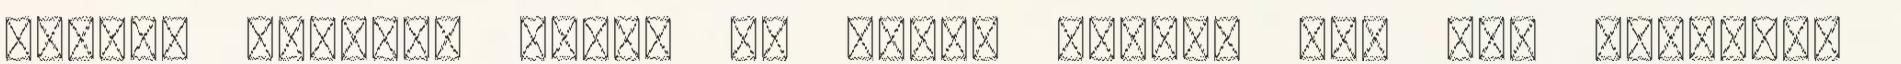
Tamás, Pusztay János és Ekler Dezső. Ezt már olvasta?